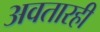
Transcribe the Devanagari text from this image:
अवतारही